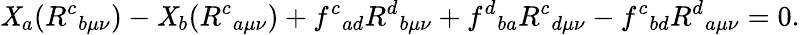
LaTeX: \mathit{X}_{a}(R^{c}{}_{b\mu\nu})-\mathit{X}_{b}(R^{c}{}_{a\mu\nu})+f^{c}{}_{ad}R^{d}{}_{b\mu\nu}+f^{d}{}_{ba}R^{c}{}_{d\mu\nu}-f^{c}{}_{bd}R^{d}{}_{a\mu\nu}=0.